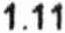
1.11